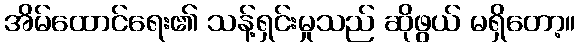
အိမ်ထောင်ရေး၏ သန့်ရှင်းမှုသည် ဆိုဖွယ် မရှိတော့။